Report on vaccination in the Province of Bengal - 1874-1889
Year: 1874
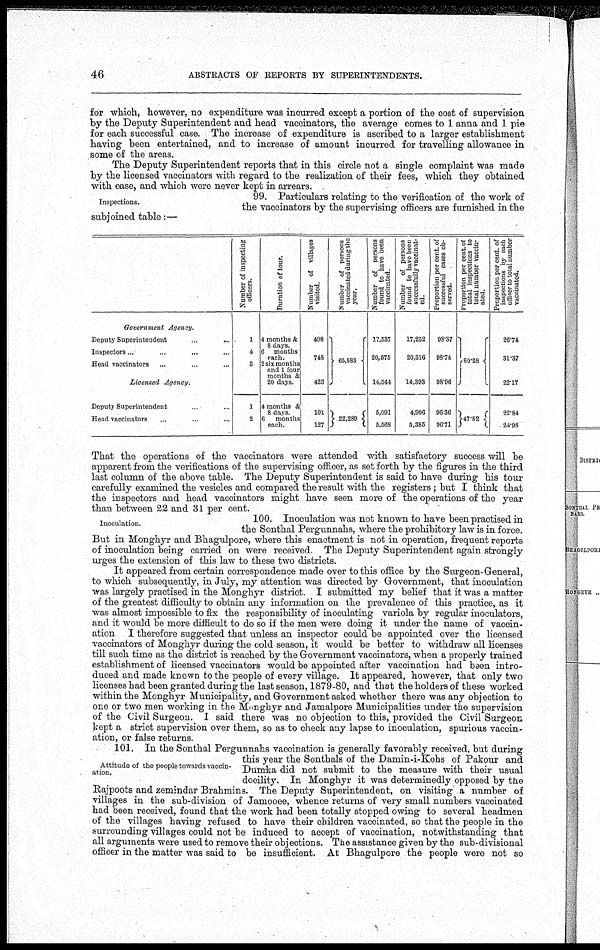
46
ABSTRACTS OF REPORTS BY SUPERINTENDENTS.
for which, however, no expenditure was incurred except a portion of the cost of supervision
by the Deputy Superintendent and head vaccinators, the average comes to 1 anna and 1 pie
for each successful case. The increase of expenditure is ascribed to a larger establishment
having been entertained, and to increase of amount incurred for travelling allowance in
some of the areas.
The Deputy Superintendent reports that in this circle not a single complaint was made
by the licensed vaccinators with regard to the realization of their fees, which they obtained
with ease, and which were never kept in arrears.
Inspections.
99. Particulars relating to the verification of the work of
the vaccinators by the supervising officers are furnished in the
subjoined table:—
Government
Agency.
Deputy Superintendent
...
...
Inspectors... ... ...
Head vaccinators ... ... ...
Licensed Agency.
Deputy Superintendent ... ...
Head vaccinators ... ... ...
Number of inspecting
officers.
1
4
3
1
2
Duration of tour.
4 months &
8 days
6 months
each.
2 six months
and 1 four
months &
20 days.
4 months &
8 days
6
months
each.
Number of villages
visited.
498
748
423
101
127
Number of persons
vaccinated during the
year.
65,583
22,289
Number of Dersons
found to have been
vaccinated.
17,537
20,575
14,544
5,091
5,568
Number of persons
found to have been
successfully vaccinat-
ed.
17,252
20,316
14,393
4,906
5,385
Proportion per cent.of
successful cases ob-
served.
98.37
98.74
98.96
96.36
96.71
Proportion per cent of
total inspections to
total number vaccin-
ated.
80.28
47.82
Proportion per cent. of
inspections by each
officer to total number
vaccinated.
26.74
31.37
22.17
22.84
24.98
That the operations of the vaccinators were attended with satisfactory success will be
apparent from the verifications of the supervising officer, as set forth by the figures in the third
last column of the above table. The Deputy Superintendent is said to have during his tour
carefully examined the vesicles and compared the result with the registers ; but I think that
the inspectors and head vaccinators might have seen more of the operations of the year
than between 22 and 31 per cent.
Inoculation.
100. Inoculation was not known to have been practised in
the Sonthal Pergunnahs, where the prohibitory law is in force.
But in Monghyr and Bhagulpore, where this enactment is not in operation, frequent reports
of inoculation being carried on were received The Deputy Superintendent again strongly
urges the extension of this law to these two districts.
It appeared from certain correspondence made over to this office by the Surgeon-General,
to which subsequently, in July, my attention was directed by Government, that inoculation
was largely practised in the Monghyr district I submitted my belief that it was a matter
of the greatest difficulty to obtain any information on the prevalence of this practice, as it
was almost impossible to fix the responsibility of inoculating variola by regular inoculators,
and it would be more difficult to do so if the men were doing it under the name of vaccin-
ation I therefore suggested that unless an inspector could be appointed over the licensed
vaccinators of Monghyr during the cold season, it would be better to withdraw all licenses
till such time as the district is reached by the Government vaccinators, when a properly trained
establishment of licensed vaccinators would be appointed after vaccination had been intro-
duced and made known to the people of every village. It appeared, however, that only two
licenses had been granted during the last season, 1879-80, and that the holders of these worked
within the Monghyr Municipality, and Government asked whether there was any objection to
one or two men working in the Monghyr and Jamalpore Municipalities under the supervision
of the Civil Surgeon. I said there was no objection to this, provided the Civil Surgeon
kept a strict supervision over them, so as to check any lapse to inoculation, spurious vaccin-
ation, or false returns.
Attitude of the people towards vaccin-
ation.
101. In the Sonthal Pergunnahs vaccination is generally favorably received, but during
this year the Sonthals of the Damin-i-Kohs of Pakour and
Dumka did not submit to the measure with their usual
docility. In Monghyr it was determinedly opposed by the
Rajpoots and zemindar Brahmins. The Deputy Superintendent, on visiting a number of
villages in the sub-division of Jamooee, whence returns of very small numbers vaccinated
had been received, found that the work had been totally stopped owing to several headmen
of the villages having refused to have their children vaccinated, so that the people in the
surrounding villages could not be induced to accept of vaccination, notwithstanding that
all arguments were used to remove their objections. The assistance given by the sub-divisional
officer in the matter was said to be insufficient. At Bhagulpore the people were not so